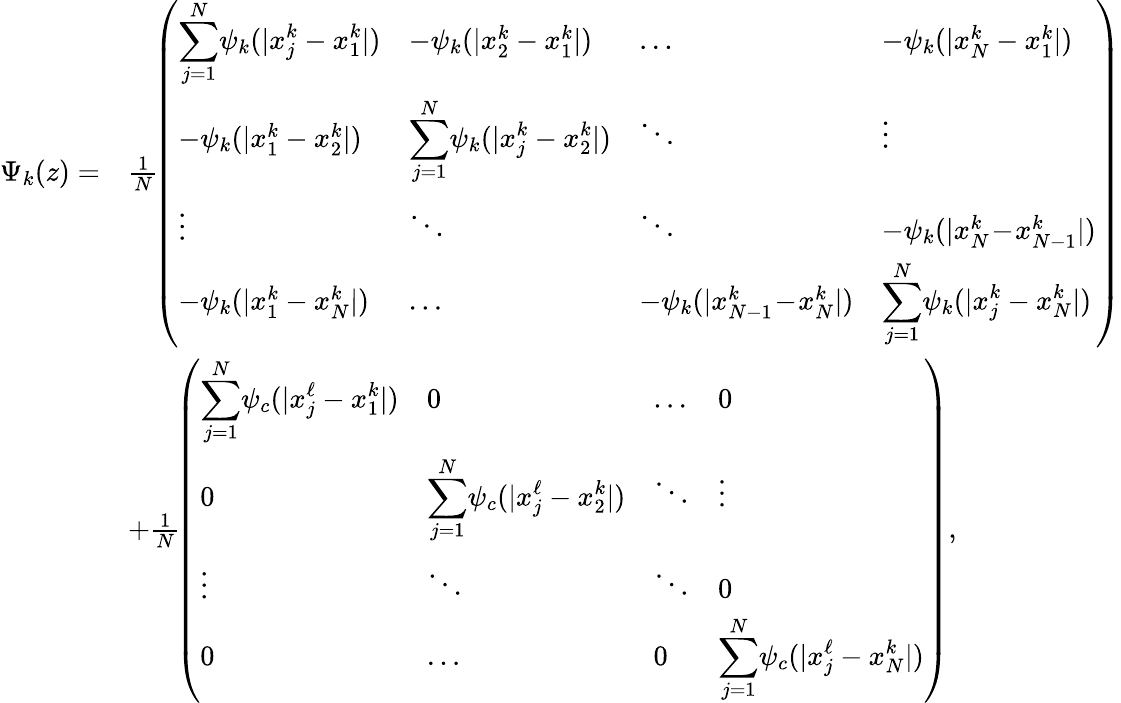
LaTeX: \begin{array}{rl}{\Psi_{k}(z)=}&{\frac{1}{N}\! \left(\begin{array}{llll}{\displaystyle\sum_{j=1}^{N}\! \psi_{k}(|x_{j}^{k}-x_{1}^{k}|)}&{-\psi_{k}(|x_{2}^{k}-x_{1}^{k}|)}&{\ldots}&{-\psi_{k}(|x_{N}^{k}-x_{1}^{k}|)}\\ {-\psi_{k}(|x_{1}^{k}-x_{2}^{k}|)}&{\displaystyle\sum_{j=1}^{N}\! \psi_{k}(|x_{j}^{k}-x_{2}^{k}|)}&{\ddots}&{\vdots}\\ {\vdots}&{\ddots}&{\ddots}&{-\psi_{k}(|x_{N}^{k}\! -\! x_{N-1}^{k}|)}\\ {-\psi_{k}(|x_{1}^{k}-x_{N}^{k}|)}&{\ldots}&{-\psi_{k}(|x_{N-1}^{k}\! -\! x_{N}^{k}|)}&{\displaystyle\sum_{j=1}^{N}\! \psi_{k}(|x_{j}^{k}-x_{N}^{k}|)}\end{array}\right)}\\ &{+\frac{1}{N}\! \left(\begin{array}{llll}{\displaystyle\sum_{j=1}^{N}\! \psi_{c}(|x_{j}^{\ell}-x_{1}^{k}|)}&{0}&{\ldots}&{0}\\ {0}&{\displaystyle\sum_{j=1}^{N}\! \psi_{c}(|x_{j}^{\ell}-x_{2}^{k}|)}&{\ddots}&{\vdots}\\ {\vdots}&{\ddots}&{\ddots}&{0}\\ {0}&{\ldots}&{0}&{\displaystyle\sum_{j=1}^{N}\! \psi_{c}(|x_{j}^{\ell}-x_{N}^{k}|)}\end{array}\right),}\end{array}